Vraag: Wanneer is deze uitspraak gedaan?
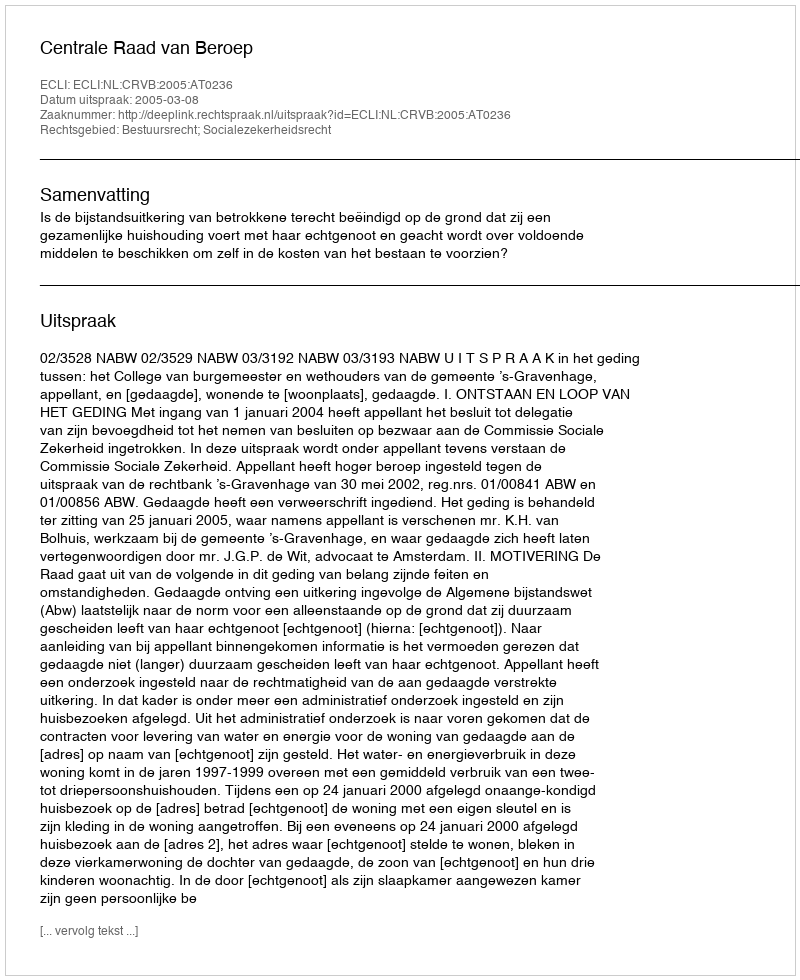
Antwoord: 2005-03-08